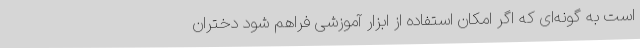
است به گونه‌ای که اگر امکان استفاده از ابزار آموزشی فراهم شود دختران